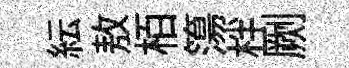
紜敖栢簜柈劂